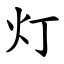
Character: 灯